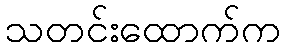
သတင်းထောက်က